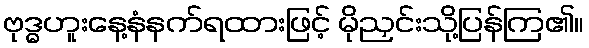
ဗုဒ္ဓဟူးနေ့နံနက်ရထားဖြင့် မိုညှင်းသို့ပြန်ကြ၏။